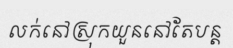
លក់នៅស្រុកយួននៅតែបន្ត